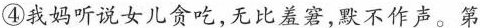
④我妈听说女儿贪吃,无比羞窘,默不作声。第